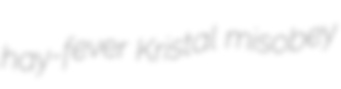
hay-fever Kristal misobey